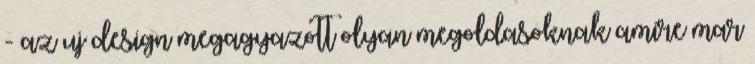
- az uj design megagyazott olyan megoldasoknak amire mar